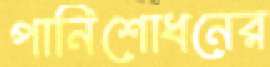
পানিশোধনের